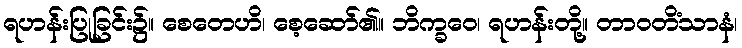
ရဟန်းပြုခြင်း၌။ စေတေဟိ၊ စေ့ဆော်၏။ ဘိက္ခဝေ၊ ရဟန်းတို့။ တာဝတိံသာနံ၊